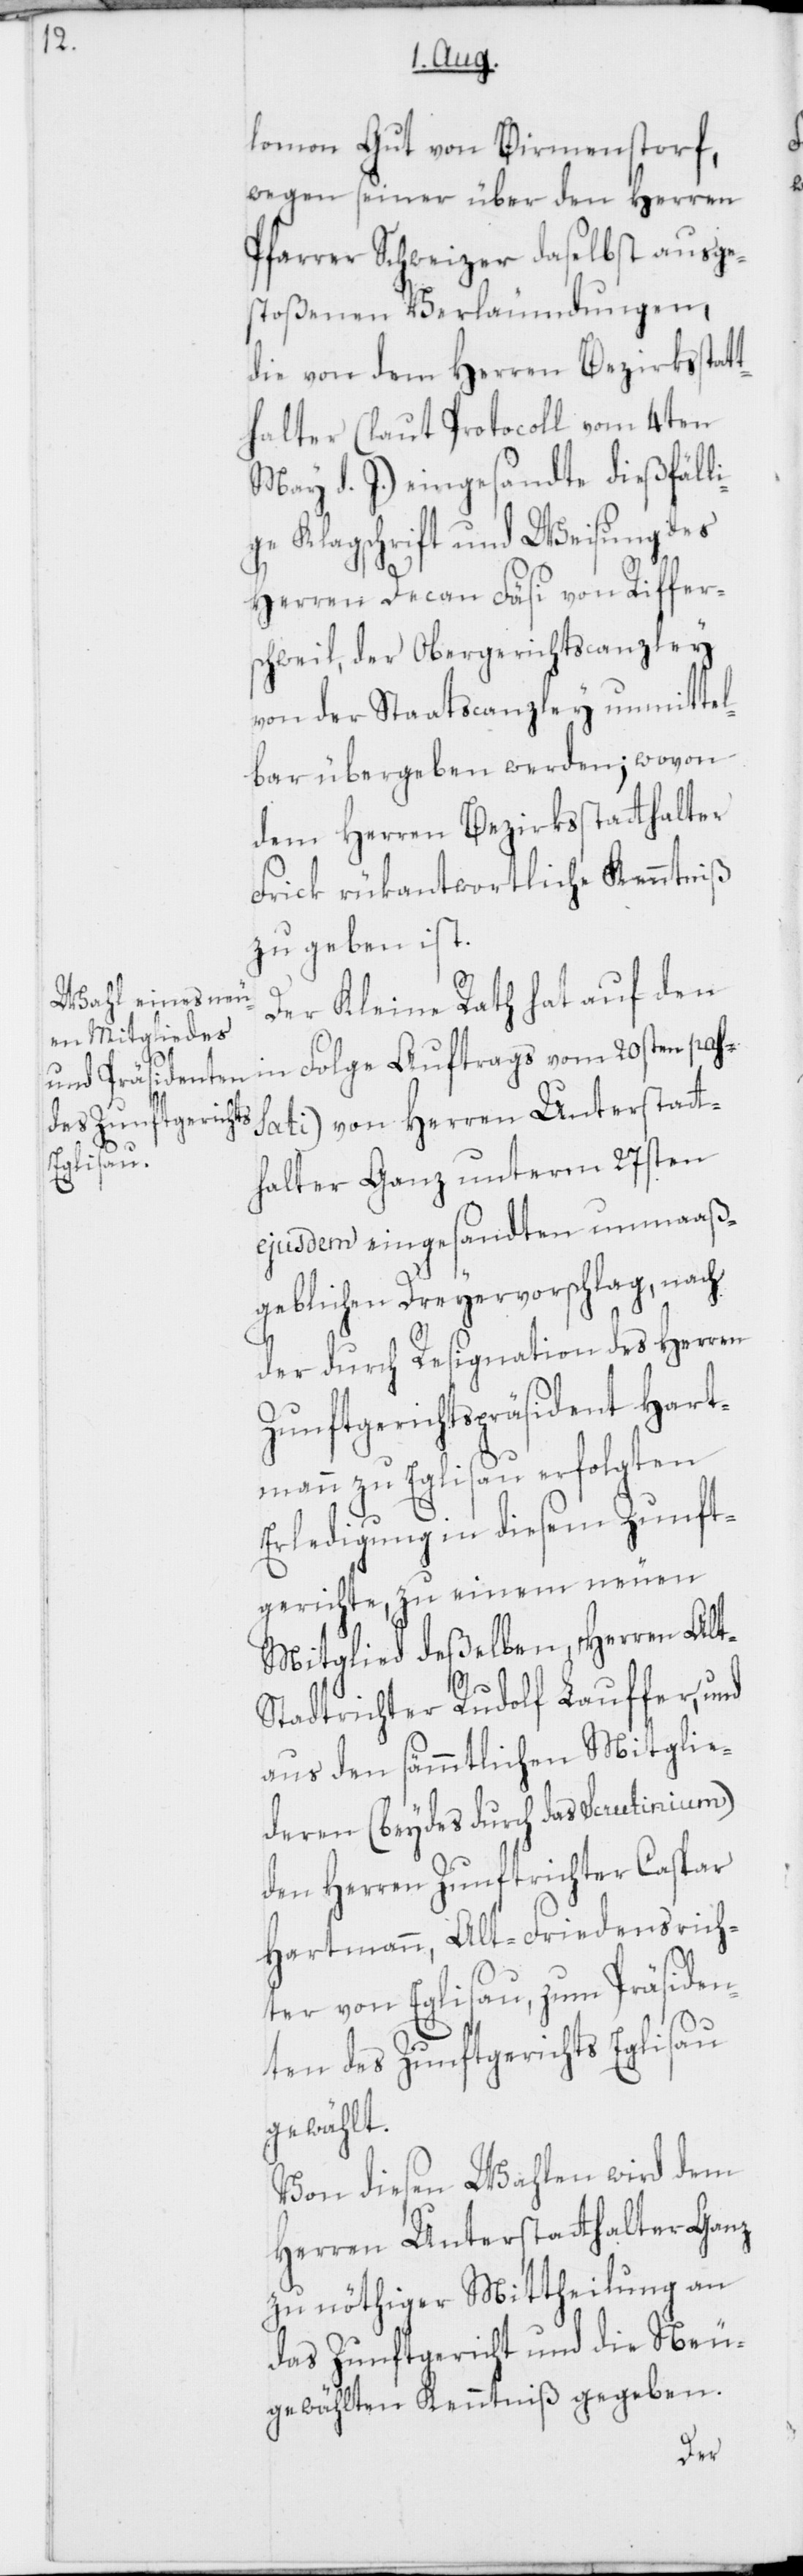
lomon Gut von Birmenstorf,
wegen seiner über den Herren
Pfarrer Schweizer daselbst ausge¬
stoßenen Verläumdungen,
die von dem Herren Bezirksstatt¬
halter (laut Protocoll vom 4ten
May d. J.) eingesandte dießfäll¬
ige Klagschrift und Weisung des
Herren Decan Fäsi von Riffer¬
schweil, der Obergerichtscanzley
von der Staatscanzley unmittel¬
bar übergeben werden; wovon
dem Herren Bezirksstatthalter
Frick rükantwortliche Kenntniß
zu geben ist.
Der Kleine Rath hat auf den
(in Folge Auftrags vom 20sten pas¬
sati )von Herren Unterstatt¬
halter Ganz unterm 27sten
ejusdem eingesandten unmaaß¬
geblichen Dreyervorschlag, nach
der durch Resignation des Herren
Zunftgerichtspräsident Hart¬
mann zu Eglisau erfolgten
Erledigung in diesem Zunft¬
gerichte, zu einem neuen
Mitglied deßelben, Herren Alt-S¬
tadtrichter Rudolf Lauffer, und
aus den sämmtlichen Mitglie¬
deren (beydes durch das Scrutinium)
den Herren Zunftrichter Caspar
Hartmann, Alt-Friedensrich¬
ter von Eglisau, zum Präsiden¬
ten des Zunftgerichts Eglisau
gewählt.
Von diesen Wahlen wird dem
Herren Unterstatthalter Ganz
zu nöthiger Mittheilung an
das Zunftgericht und die Neu¬
gewählten Kenntniß gegeben.